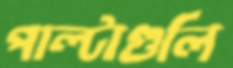
পাল্টাগুলি